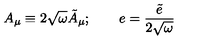
A _ { \mu } \equiv 2 \sqrt { \omega } \tilde { A } _ { \mu } ; \qquad e = \frac { \tilde { e } } { 2 \sqrt { \omega } }